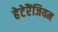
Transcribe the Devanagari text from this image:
हेटेरैंजियम